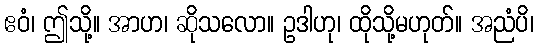
ဧဝံ၊ ဤသို့။ အာဟ၊ ဆိုသလော။ ဥဒါဟု၊ ထိုသို့မဟုတ်။ အညံပိ၊